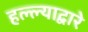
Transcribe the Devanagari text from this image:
हल्ल्याद्वारे